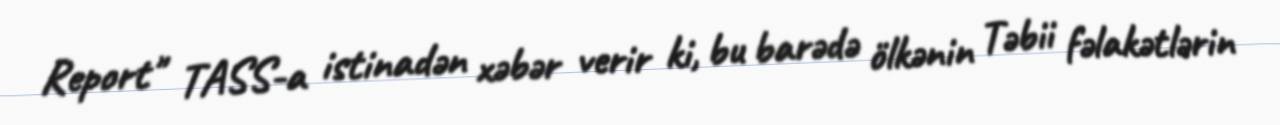
Report" TASS-a istinadən xəbər verir ki, bu barədə ölkənin Təbii fəlakətlərin